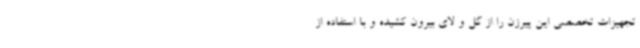
تجهیزات تخصصی این پیرزن را از گل و لای بیرون کشیده و با استفاده از